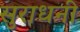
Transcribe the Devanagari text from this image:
सुराधनी